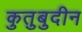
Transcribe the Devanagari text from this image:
कुतुबुदीन